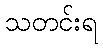
သတင်းရ